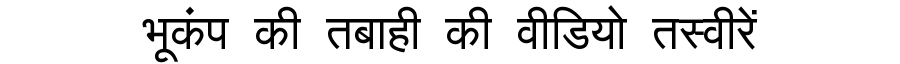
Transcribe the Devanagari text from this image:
भूकंप की तबाही की वीडियो तस्वीरें